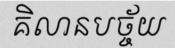
គិលានបច្ច័យ